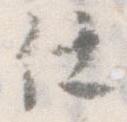
仕